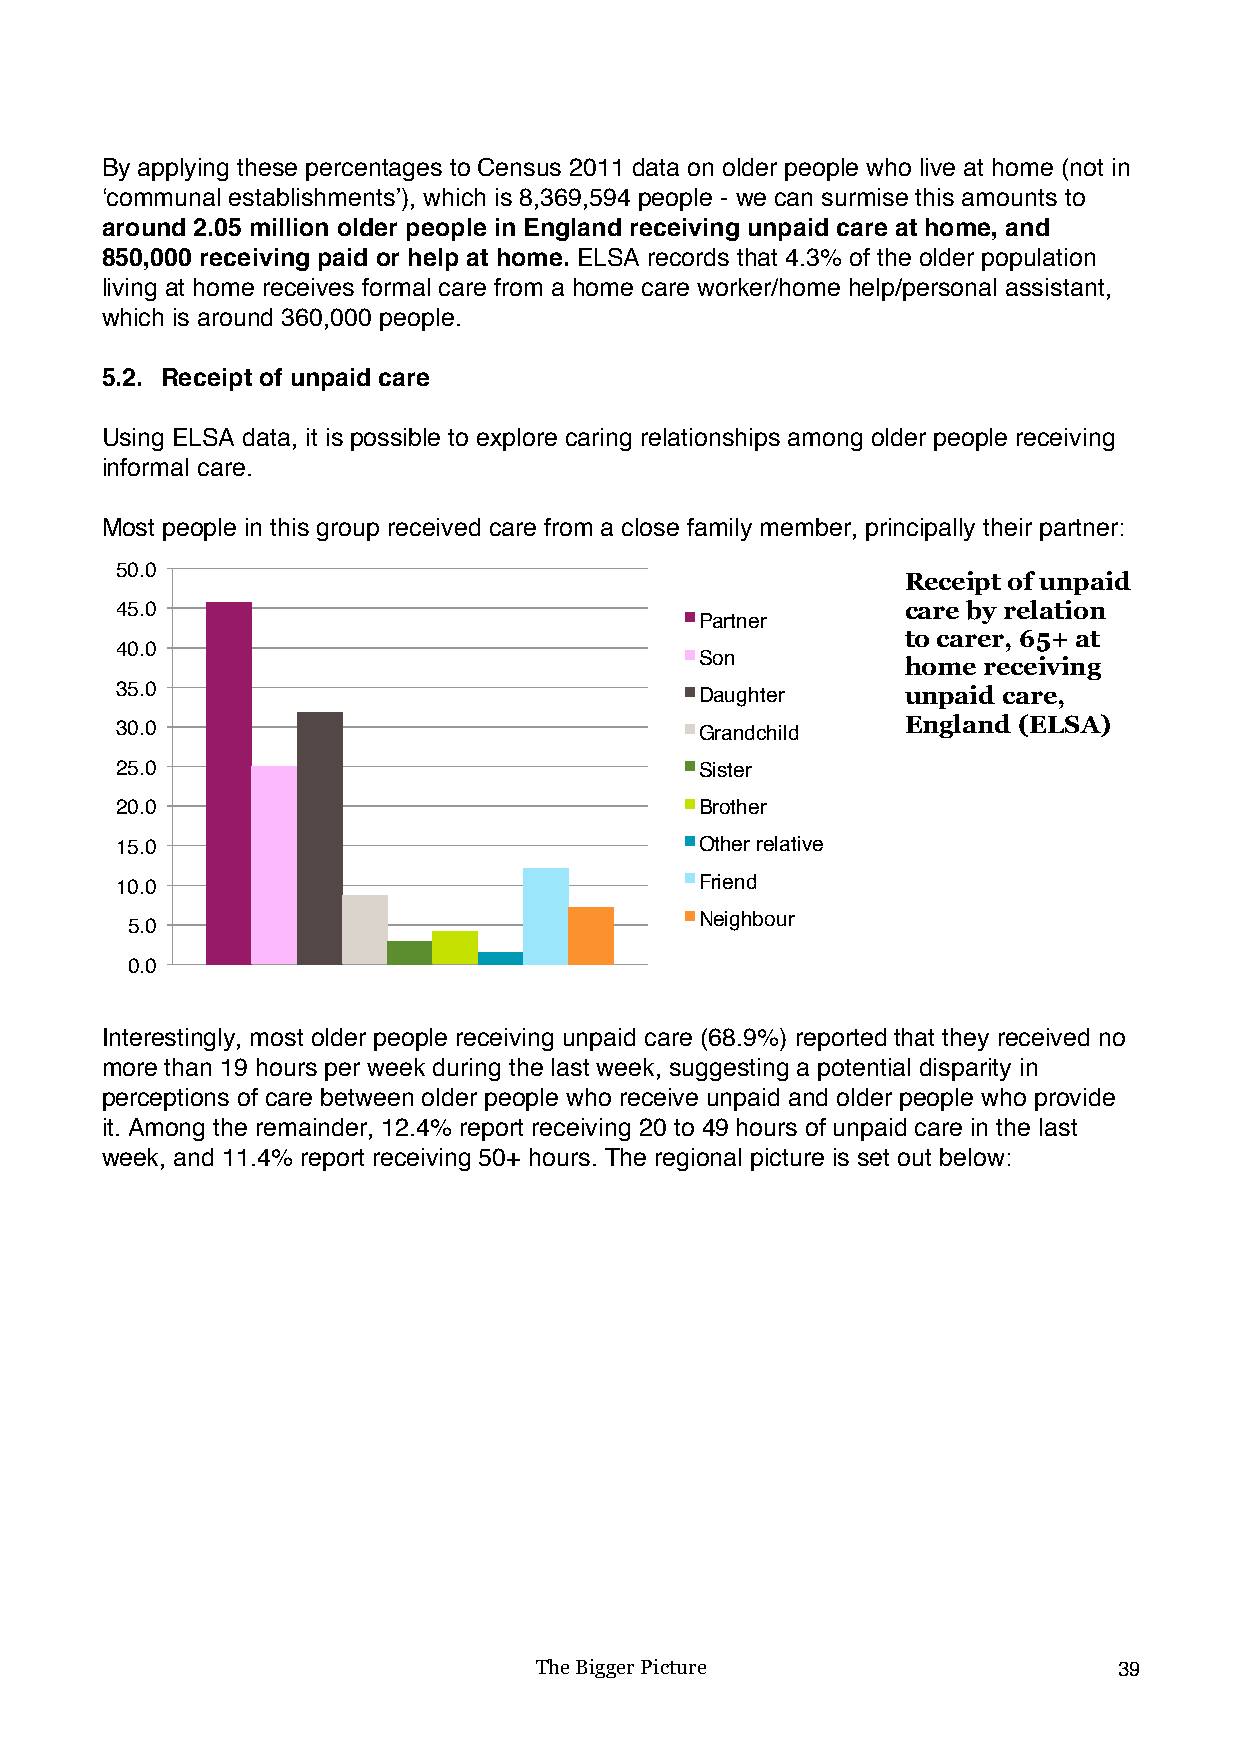
By applying these percentages to Census 2011 data on older people who live at home (not in
 ‘communal establishments’), which is 8,369,594 people - we can surmise this amounts to
 around 2.05 million older people in England receiving unpaid care at home, and
 850,000 receiving paid or help at home. ELSA records that 4.3% of the older population
 living at home receives formal care from a home care worker/home help/personal assistant,
 which is around 360,000 people.
 5.2. Receipt of unpaid care
 Using ELSA data, it is possible to explore caring relationships among older people receiving
 informal care.
 Most people in this group received care from a close family member, principally their partner:
 50.0
 Receipt of unpaid
 45.0                                                care by relation
 Partner
 to carer, 65+ at
 40.0
 Son
 home receiving
 35.0                                  Daughter      unpaid care,
 30.0                                  Grandchild    England (ELSA)
 25.0                                  Sister
 20.0                                  Brother
 15.0                                  Other relative
 10.0                                  Friend
 Neighbour
 5.0
 0.0
 Interestingly, most older people receiving unpaid care (68.9%) reported that they received no
 more than 19 hours per week during the last week, suggesting a potential disparity in
 perceptions of care between older people who receive unpaid and older people who provide
 it. Among the remainder, 12.4% report receiving 20 to 49 hours of unpaid care in the last
 week, and 11.4% report receiving 50+ hours. The regional picture is set out below:
 The Bigger Picture                     39